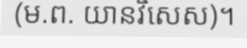
(ម.ព. យានវិសេស)។